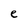
Character: e